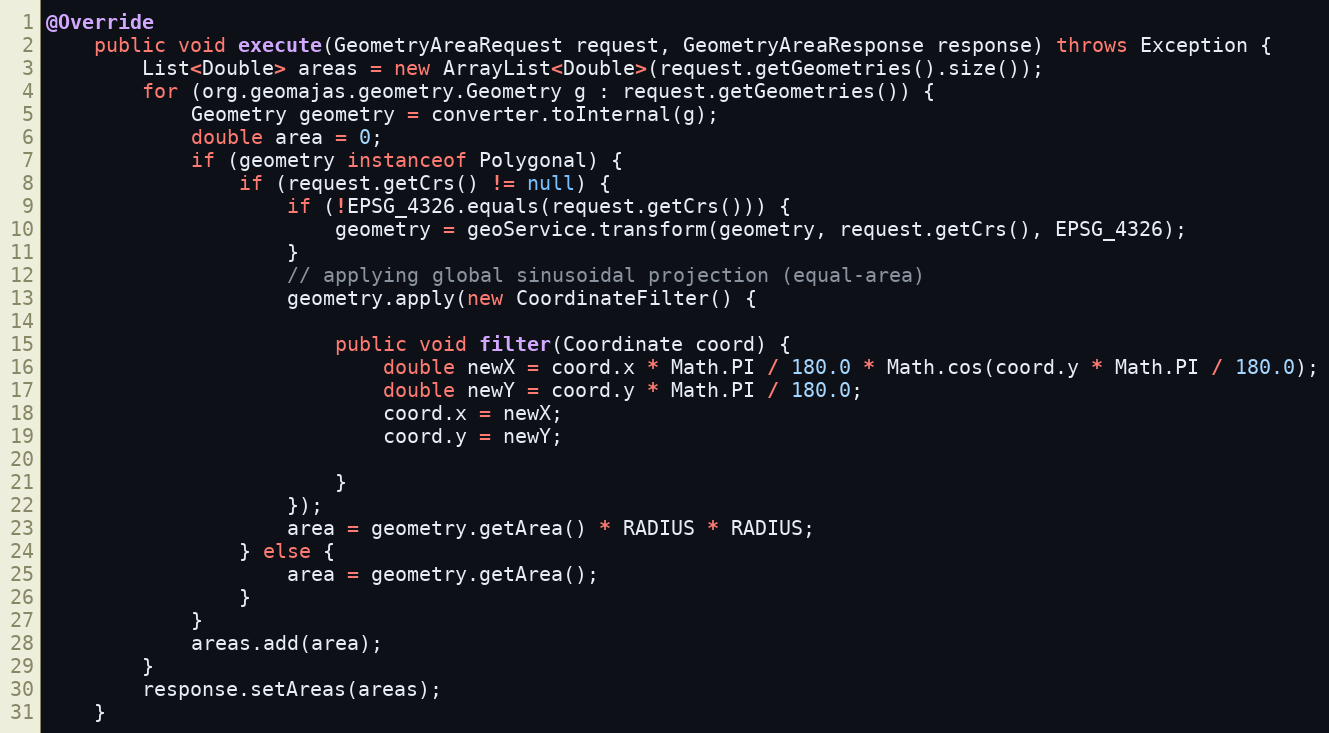
Language: Java
@Override
	public void execute(GeometryAreaRequest request, GeometryAreaResponse response) throws Exception {
		List<Double> areas = new ArrayList<Double>(request.getGeometries().size());
		for (org.geomajas.geometry.Geometry g : request.getGeometries()) {
			Geometry geometry = converter.toInternal(g);
			double area = 0;
			if (geometry instanceof Polygonal) {
				if (request.getCrs() != null) {
					if (!EPSG_4326.equals(request.getCrs())) {
						geometry = geoService.transform(geometry, request.getCrs(), EPSG_4326);
					}
					// applying global sinusoidal projection (equal-area)
					geometry.apply(new CoordinateFilter() {

						public void filter(Coordinate coord) {
							double newX = coord.x * Math.PI / 180.0 * Math.cos(coord.y * Math.PI / 180.0);
							double newY = coord.y * Math.PI / 180.0;
							coord.x = newX;
							coord.y = newY;

						}
					});
					area = geometry.getArea() * RADIUS * RADIUS;
				} else {
					area = geometry.getArea();
				}
			}
			areas.add(area);
		}
		response.setAreas(areas);
	}